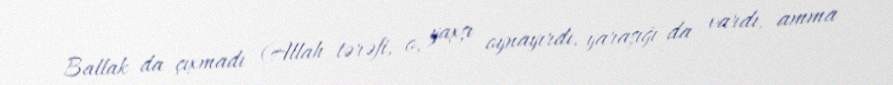
Ballak da çıxmadı (Allah tərəfi, o, yaxşı oynayırdı, yaraşığı da vardı, amma